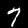
Label: 7